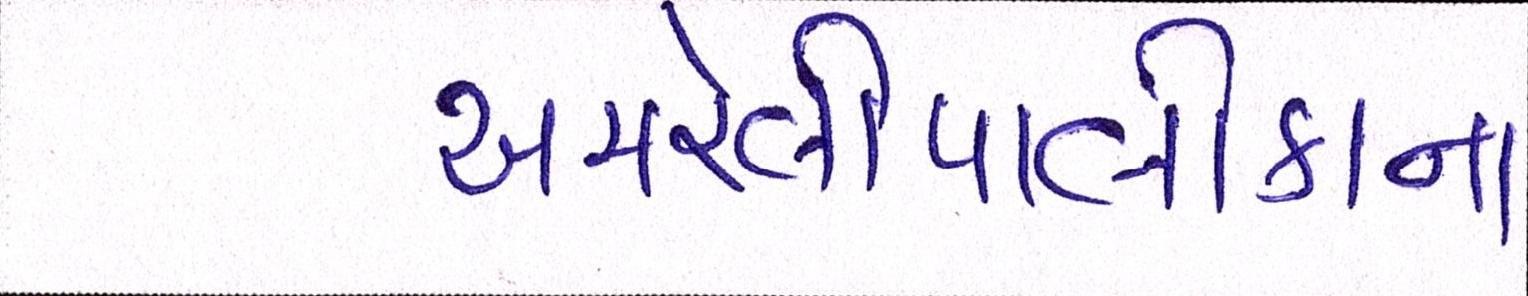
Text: અમરેલીપાલીકાના